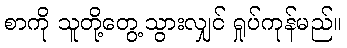
စာကို သူတို့တွေ့သွားလျှင် ရှုပ်ကုန်မည်။